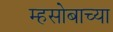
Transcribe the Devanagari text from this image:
म्हसोबाच्या